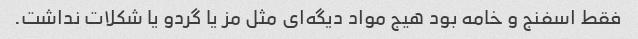
فقط اسفنج و خامه بود هیج مواد دیگه‌ای مثل مز یا گردو یا شکلات نداشت.